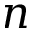
n